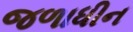
જળાધીન